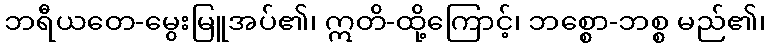
ဘရီယတေ-မွေးမြူအပ်၏၊ ဣတိ-ထို့ကြောင့်၊ ဘစ္စော-ဘစ္စ မည်၏၊